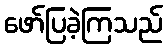
ဖော်ပြခဲ့ကြသည်